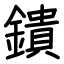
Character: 鐀